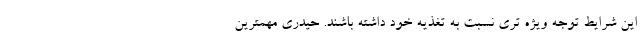
این شرایط توجه ویژه تری نسبت به تغذیه خود داشته باشند. حیدری مهمترین